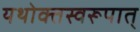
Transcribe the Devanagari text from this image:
यथोक्तस्वरूपात्‌